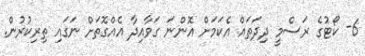
6- ކޯޓުގެ ރަސްމީ ދިދަތައް އެކަމަށް އޮންނަ ގަވާއިދާ އެއްގޮތަށް ނަގައި ތިރިކުރުން.